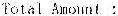
TOTAL AMOUNT :